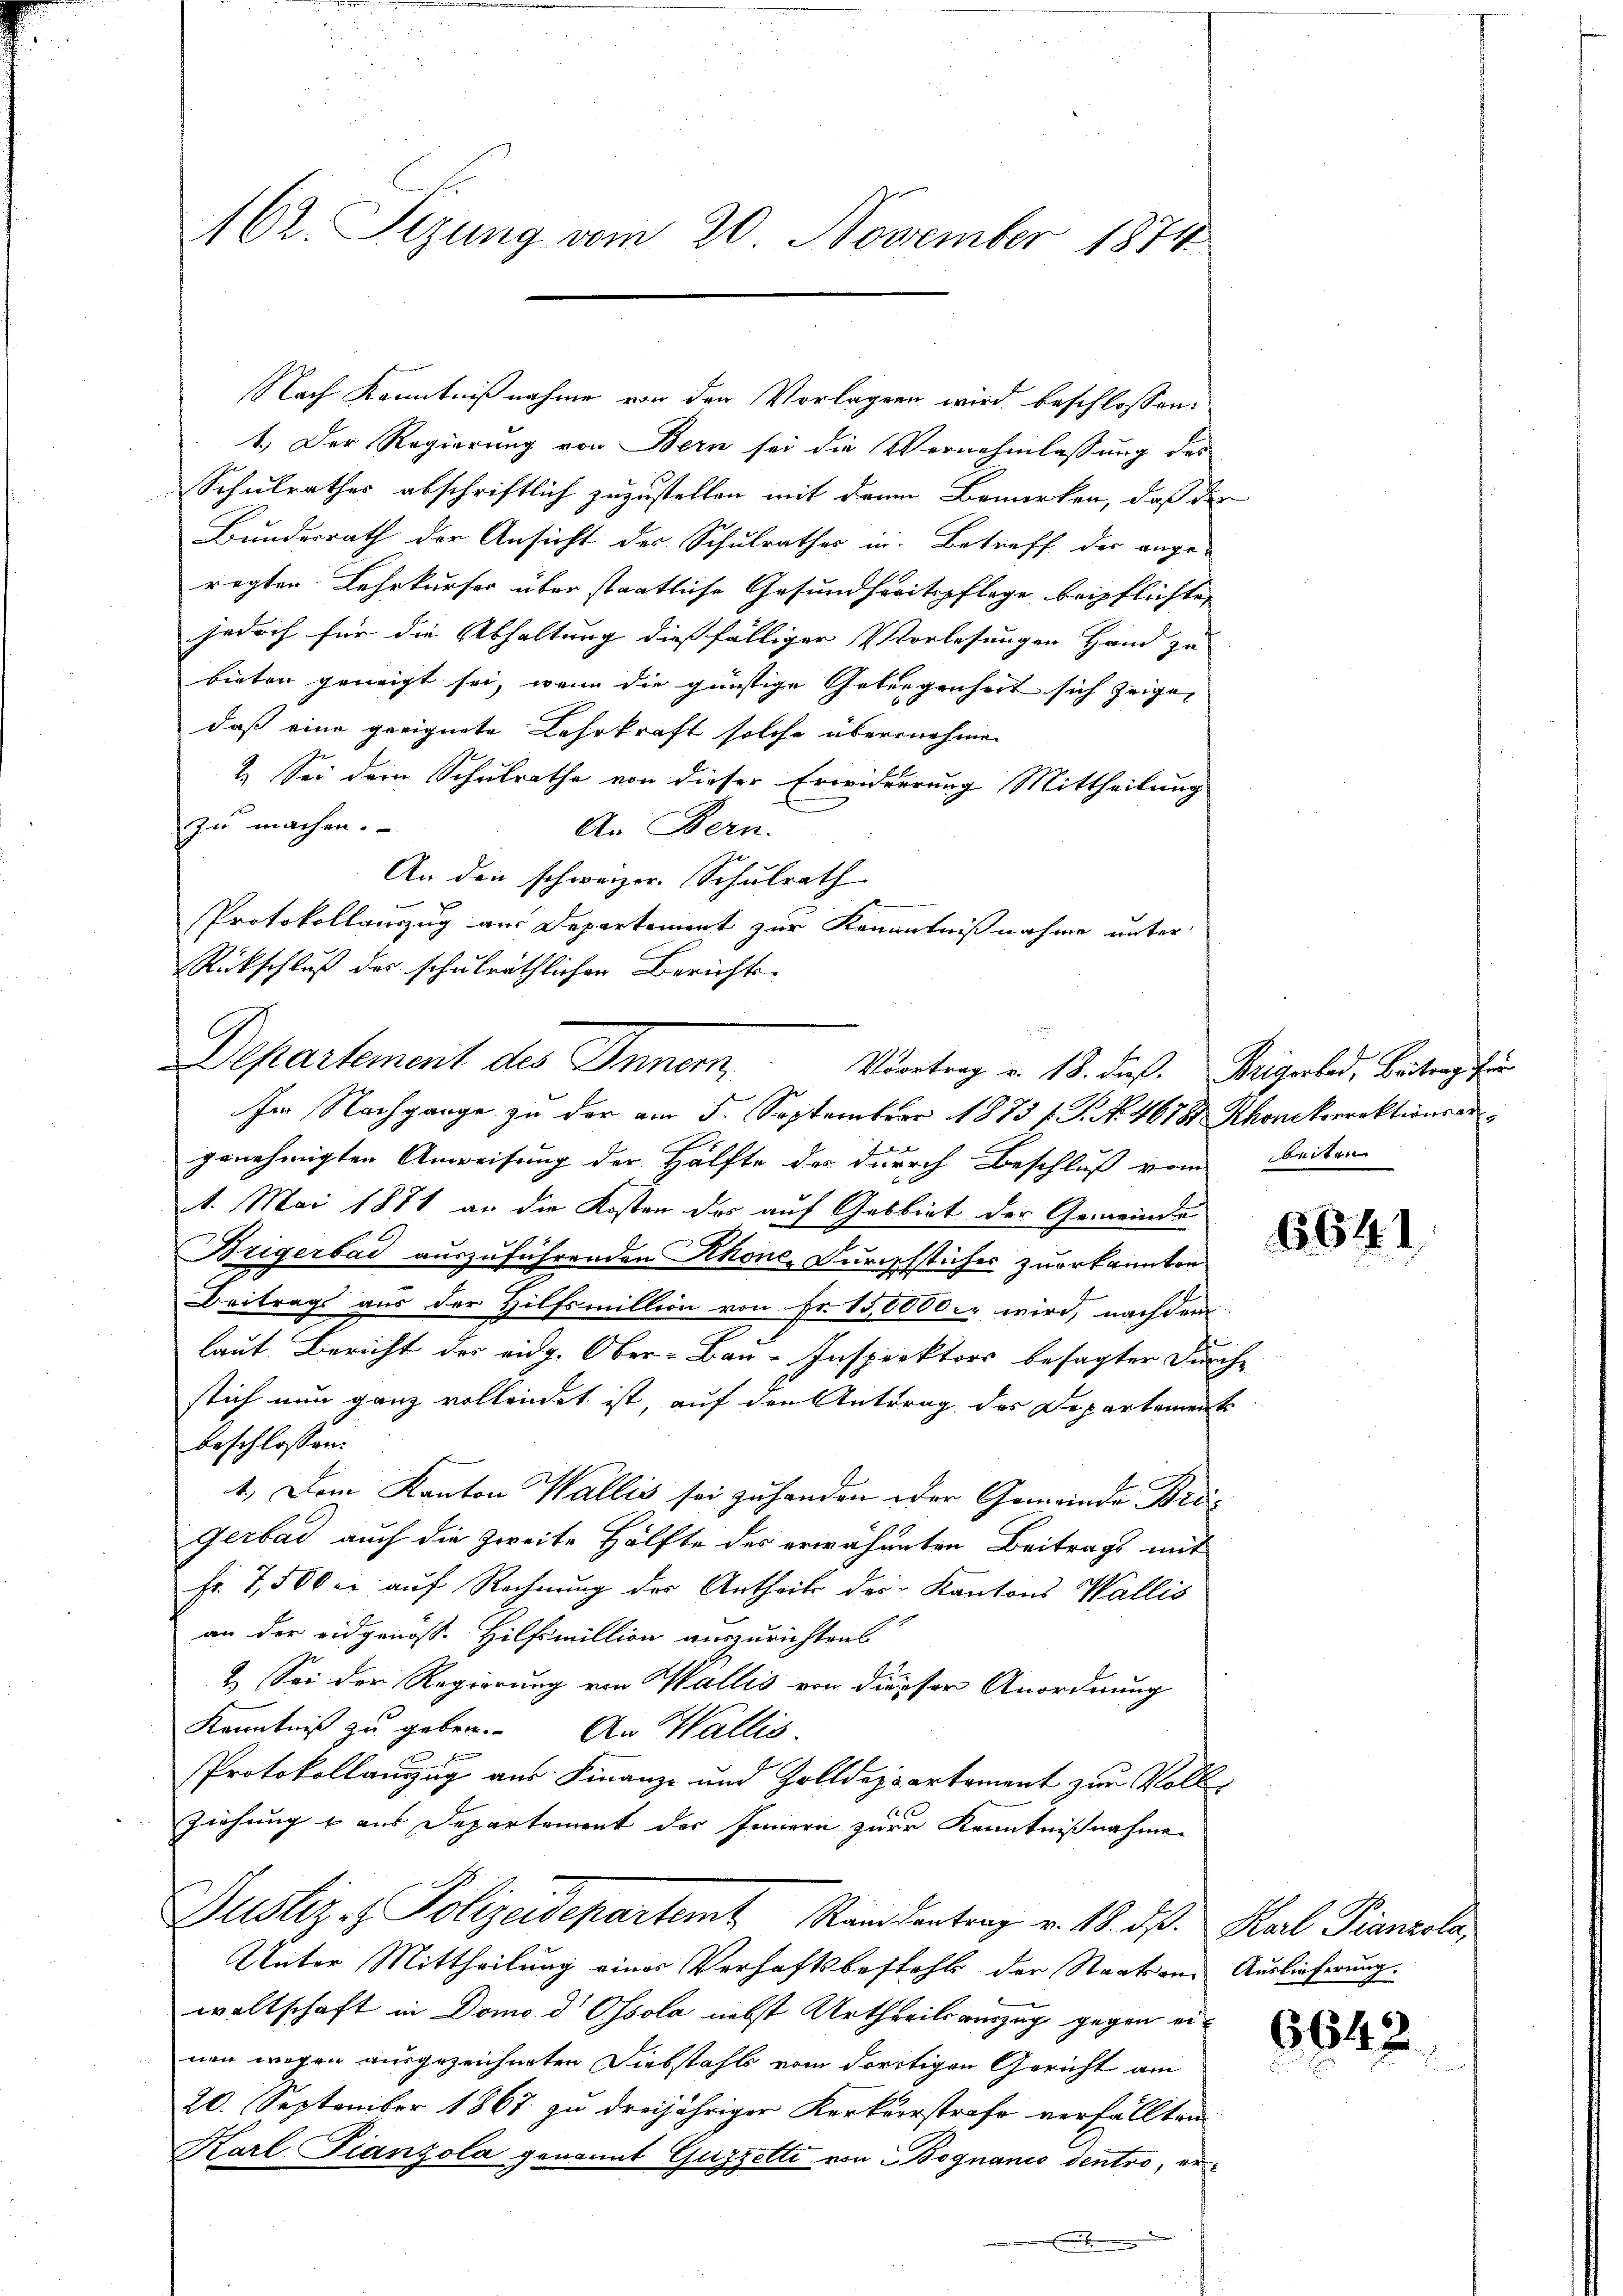
ACr. Sizung vom 20. November 1874

Nach Kenntnißnahme von den Vorlagen wird beschlossen:
1. Der Regierung von Bern sei die Vernehmlassung des
Schulrathes abschriftlich zuzustellen mit dem Bemerken, daß der
Bundesrath der Ansicht des Schulrathes in Betreff der ange-
regten Lehrkurser über staatliche Gesundheitspflege beipflichten
jedoch für die Abhaltung diesfälliger Vorlesungen Hand zu
bieten geneigt sei, wenn die günstige Gelegenheit sich zeigen
daß eine geeignete Lehrkraft solche übernehmen
2. Sei dem Schulrathe von dieser Erwiderrung Mittheilung
zu machen.
An Bern.
An den schweizer. Schulrath
Protokollauszug aus Departement zur Kenntnißnahme unter
Rückschluß des schulräthlichen Berichts-
Departement des Inner
Im Nachgange zu der am 5. September 1873 s. S. No. 46781 Khonkorrektionsangenehmigten Anweisung der Hälfte der durch Beschluß vom Beiten
1. Mai 1871 an die Kosten des auf Gebbiet der Gemeinde
Brigerbad auszuführenden Khonc-Durischstiches zuerkannten
Beitrags aus der Hilfsmillion von Fr. 158000. wird, nach dem
laut Bericht des eidg. Ober-Bar-Inspektors besagter Durche
stich nun ganz vollendet ist, auf den Antrag des Departement
beschlossen:
1. Dem Kanton Wallis sei zu handen oder Gemeinde Brögerbad auch die zweite Hälfte des erwähneten Beitrags mit
Fr. 7,500 c. auf Rechnung des Antheils des Kantons Wallis
an der eidgenöss. Hilfsmillion auszurichtens
2. Sei der Regierung von Wallis von diesser Anordnung
Kenntniß zu geben. An Wallis
Protokollanzug aus Finanz- und Zolldepartement zur Voll¬
Ziehung & aus Departement der Innern zur Kenntnißnahme
Justiz - Polizeidepartamt Reine Kontrag v. 18. ds. Karl Pianola
Unter Mittheilung eines Verhaftsbesteht der Staatsans Auslieferung.
waltschaft in Domo d Ossola nebst Urtheils auszug gegen einen wegen ausgezeichneten Diebstahls vom dortigen Gericht am
20. September 1867 zu dreijähriger Kerkerstrafe verfällten
Karl Franzola genannt Guzzelli von Bognanio dentro, er¬

Vortrag v. 18. dieß. Beigerbad, Beitrag für

6641.

6642.